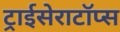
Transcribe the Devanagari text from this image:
ट्राईसेराटॉप्स